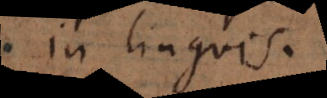
in linguis.